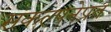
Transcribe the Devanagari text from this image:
संकल्पनेप्रत